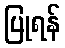
ပြုရန်